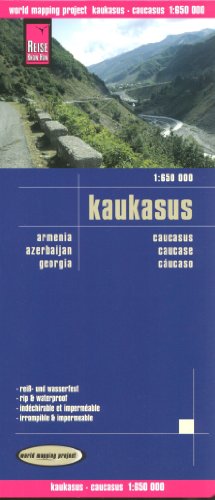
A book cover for Caucasus 1:650,000 (incl. Armenia, Georgia, Azerbaijan) Travel Map REISE; Reise Knowhow; Travel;